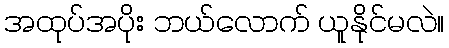
အထုပ်အပိုး ဘယ်လောက် ယူနိုင်မလဲ။